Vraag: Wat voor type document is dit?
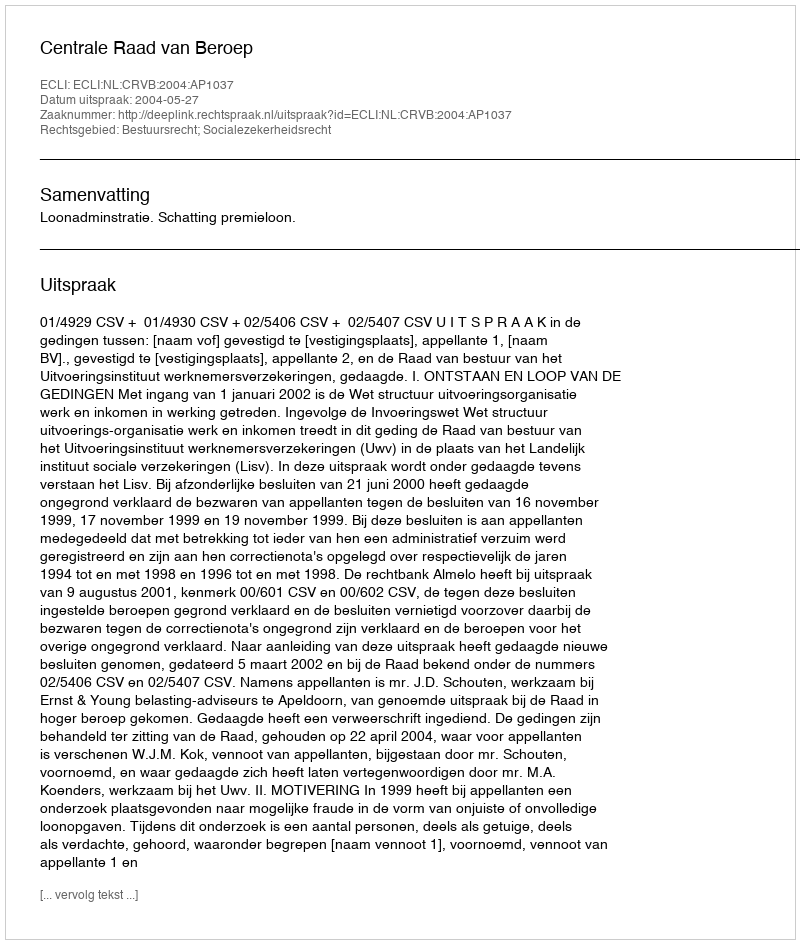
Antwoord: Uitspraak